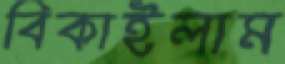
বিকাইলাম